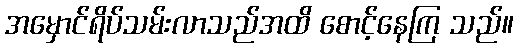
အမှောင်ရိပ်သမ်းလာသည်အထိ စောင့်နေကြ သည်။